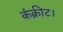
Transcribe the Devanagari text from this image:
कंक्रीट।